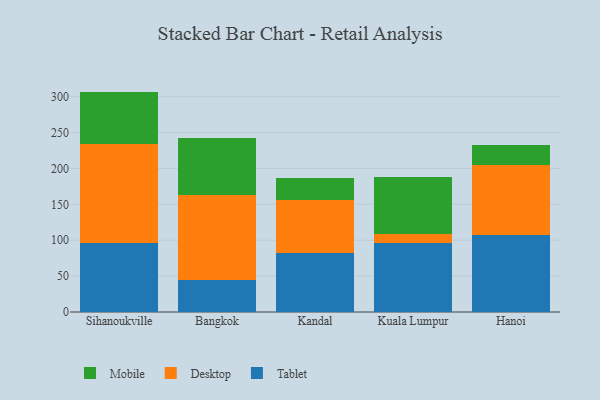
{"axis": {"x": "City", "y": "Production Output"}, "legend": ["Desktop", "Mobile", "Tablet"], "data": [{"x": "Sihanoukville", "y": 95.5, "type": "Tablet"}, {"x": "Sihanoukville", "y": 138.3, "type": "Desktop"}, {"x": "Sihanoukville", "y": 73.3, "type": "Mobile"}, {"x": "Bangkok", "y": 44.6, "type": "Tablet"}, {"x": "Bangkok", "y": 118.0, "type": "Desktop"}, {"x": "Bangkok", "y": 79.2, "type": "Mobile"}, {"x": "Kandal", "y": 82.2, "type": "Tablet"}, {"x": "Kandal", "y": 74.2, "type": "Desktop"}, {"x": "Kandal", "y": 29.9, "type": "Mobile"}, {"x": "Kuala Lumpur", "y": 95.7, "type": "Tablet"}, {"x": "Kuala Lumpur", "y": 13.1, "type": "Desktop"}, {"x": "Kuala Lumpur", "y": 79.4, "type": "Mobile"}, {"x": "Hanoi", "y": 106.8, "type": "Tablet"}, {"x": "Hanoi", "y": 98.4, "type": "Desktop"}, {"x": "Hanoi", "y": 28.1, "type": "Mobile"}]}